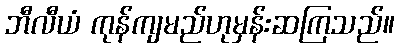
ဘီလီယံ ကုန်ကျမည်ဟုမှန်းဆကြသည်။